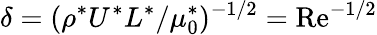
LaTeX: \delta=(\rho^{*}U^{*}L^{*}/\mu_{0}^{*})^{-1/2}=\textrm{Re}^{-1/2}